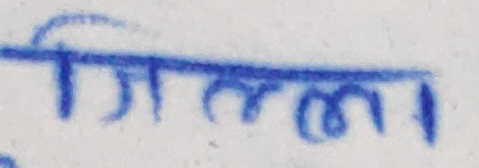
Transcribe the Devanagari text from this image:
सिर्जना